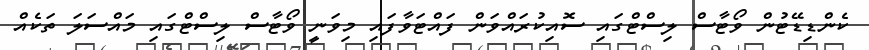
ކެންޑިޑޭޓުން ވޯޓާސް ލިސްޓްގައި ސޮއިކުރައްވަން ފައްޓަވާފައި މިވަނީ ވޯޓާސް ލިސްޓްގައި މައްސަލަ ތަކެއް